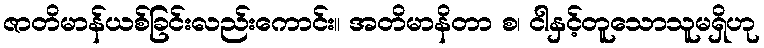
ဇာတိမာန်ယစ်ခြင်းလည်းကောင်း။ အတိမာနိတာ စ၊ ငါနှင့်တူသောသူမရှိဟု